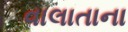
વાલાતાના